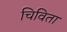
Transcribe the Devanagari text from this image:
चिविता